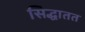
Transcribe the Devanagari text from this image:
सिद्धातत